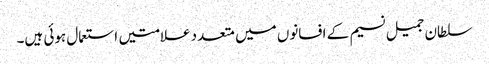
سلطان جمیل نسیم کے افسانوں میں متعدد علامتیں استعمال ہوئی ہیں۔